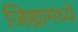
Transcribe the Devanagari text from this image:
जिह्यामध्ये